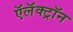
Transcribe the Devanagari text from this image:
ऍलॅक्ट्रॉन